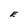
Character: E